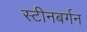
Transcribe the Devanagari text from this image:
स्टीनबर्गन